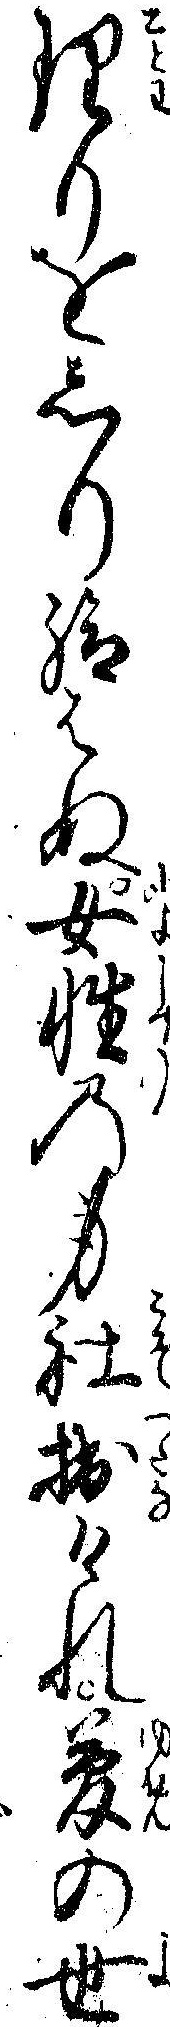
理りをしり給はぬ女性の身社拙けれ夢の世